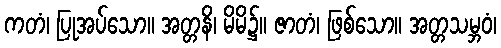
ကတံ၊ ပြုအပ်သော။ အတ္တနိ၊ မိမိ၌။ ဇာတံ၊ ဖြစ်သော။ အတ္တသမ္ဘဝံ၊